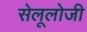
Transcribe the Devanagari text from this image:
सेलूलोजी